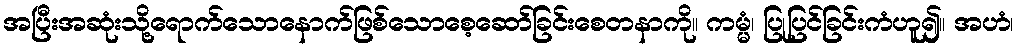
အပြီးအဆုံးသို့ရောက်သောနောက်ဖြစ်သောစေ့ဆော်ခြင်းစေတနာကို။ ကမ္မံ၊ ပြုပြင်ခြင်းကံဟူ၍။ အဟံ၊